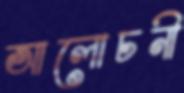
আলোচনী